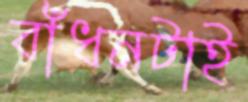
বাঁধনটাই